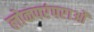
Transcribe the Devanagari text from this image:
लोकपरंपराओं